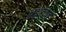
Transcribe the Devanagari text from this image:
वट्टतात